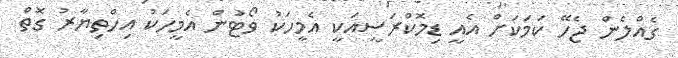
ގެއްލެން ޖެހޭ ކަމަކަށް އެއީ ޑިމޮކްރަސީއަކީ އެމީހަކު ވޯޓުން އެމީހަކު އިހްތިޔާރު ގޮތް